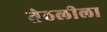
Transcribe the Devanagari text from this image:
तेठलीला